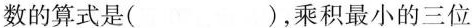
数的算式是( )，乘积最小的三位